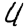
Digit: 4